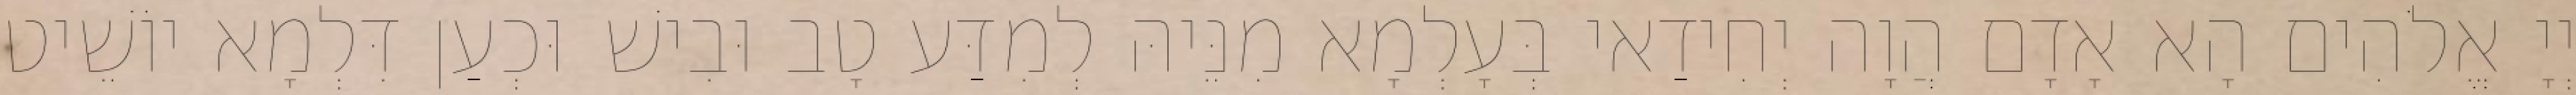
יְיָ אֱלֹהִים הָא אָדָם הֲוָה יְחִידַאי בְּעָלְמָא מִנֵּיהּ לְמִדַּע טָב וּבִישׁ וּכְעַן דִּלְמָא יוֹשֵׁיט